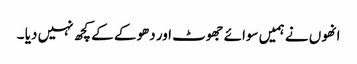
انھوں نے ہمیں سوائے جھوٹ اور دھوکے کے کچھ نہیں دیا ۔